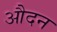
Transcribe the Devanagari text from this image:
औदन